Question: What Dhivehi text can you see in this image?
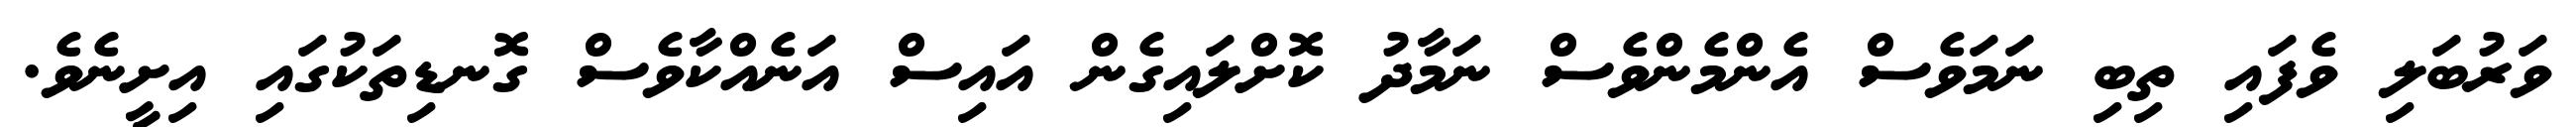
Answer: ވަރުބަލި ވެފައި ތިބި ނަމަވެސް އެންމެންވެސް ނަމާދު ކޮށްލައިގެން އައިސް އަނެއްކާވެސް ގޮނޑިތަކުގައި އިށީނެވެ.